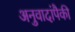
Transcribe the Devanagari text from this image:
अनुवादांपैकी